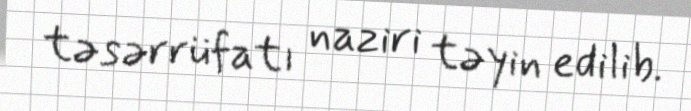
təsərrüfatı naziri təyin edilib.